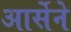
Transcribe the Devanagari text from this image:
आर्सेने